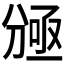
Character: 𠔠